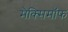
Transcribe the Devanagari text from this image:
मैक्सिमाॅफ